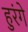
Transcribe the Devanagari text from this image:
हुरंगे